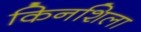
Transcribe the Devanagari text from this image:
किनशिला